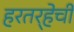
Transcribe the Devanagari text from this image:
हरतर्‍हेची